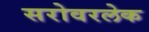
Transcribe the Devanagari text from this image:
सरोवरलेक